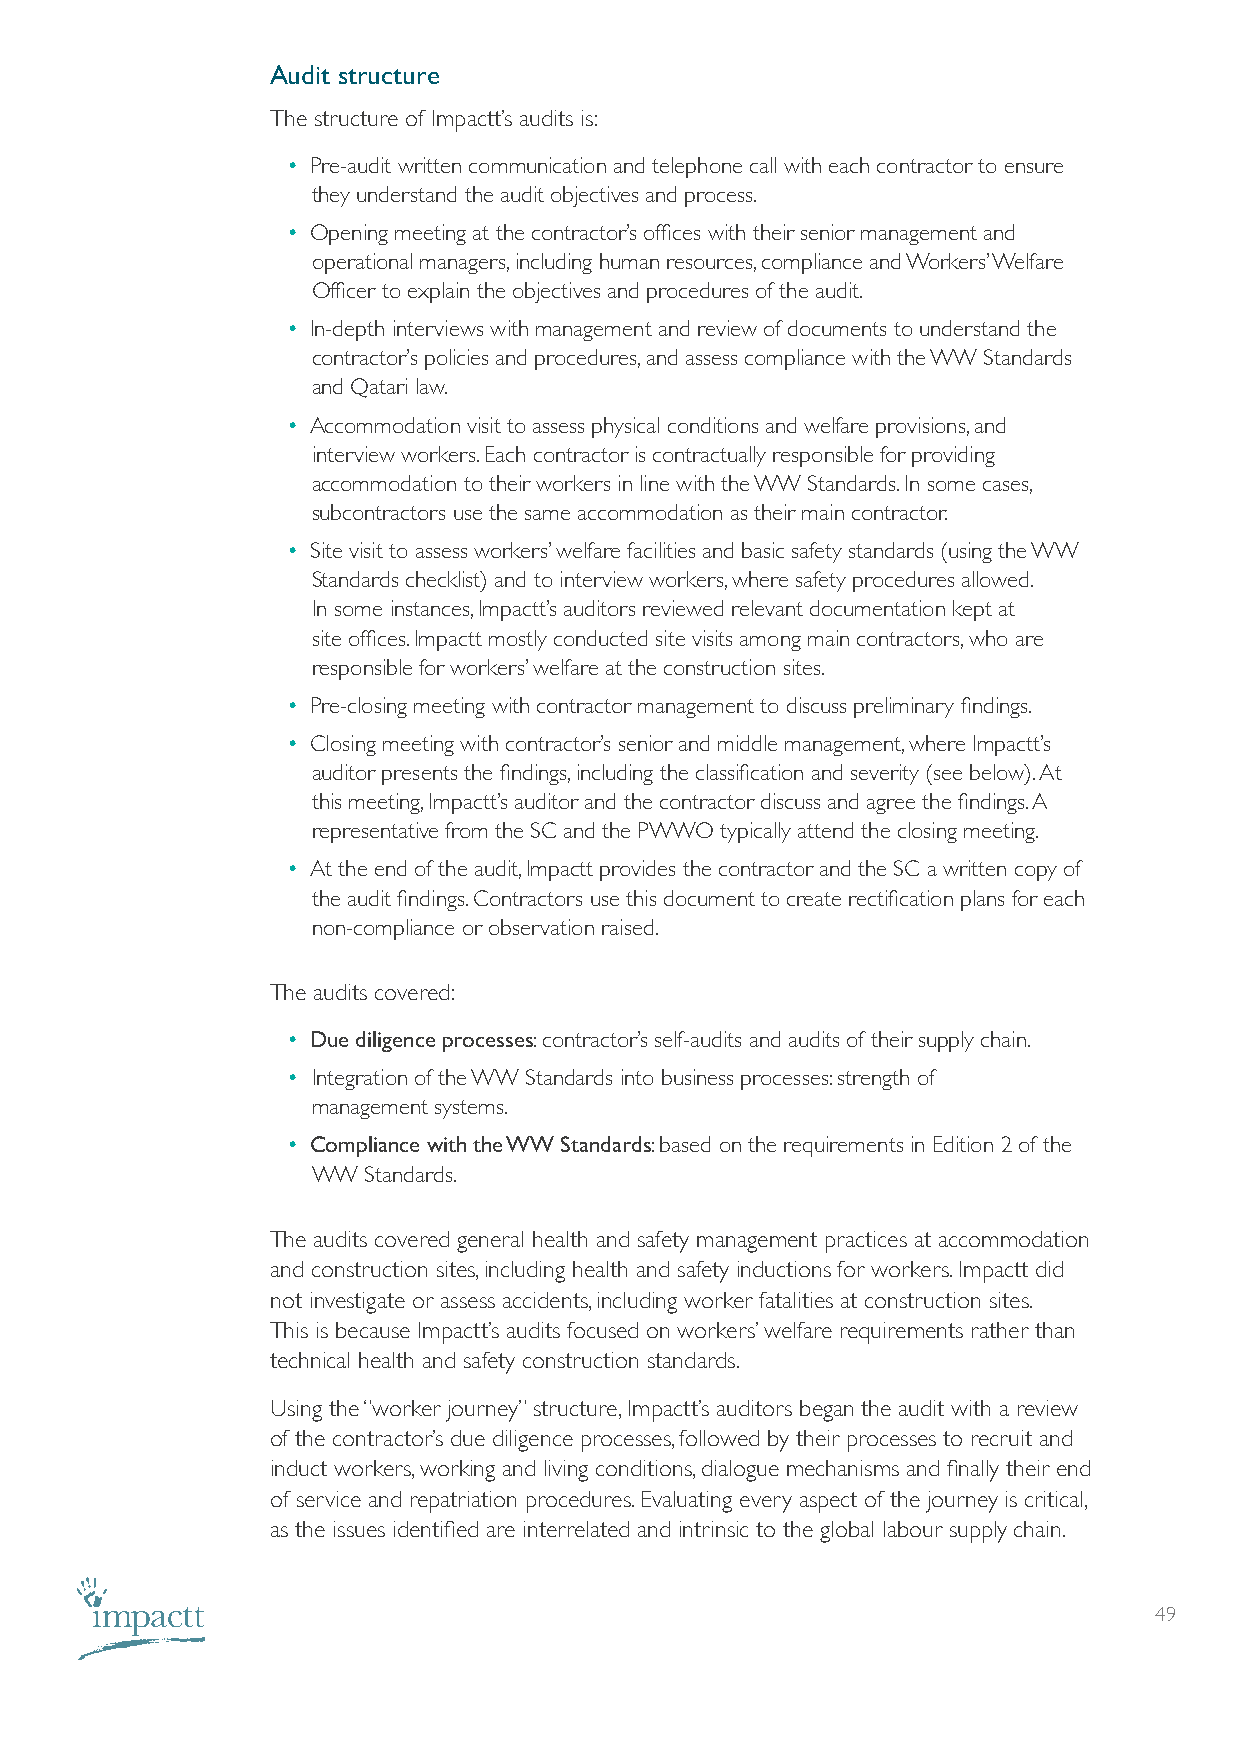
Audit structure
 The structure of Impactt’s audits is:
 • Pre-audit written communication and telephone call with each contractor to ensure
 they understand the audit objectives and process.
 • Opening meeting at the contractor’s offices with their senior management and
 operational managers, including human resources, compliance and Workers’ Welfare
 Officer to explain the objectives and procedures of the audit.
 • In-depth interviews with management and review of documents to understand the
 contractor’s policies and procedures, and assess compliance with the WW Standards
 and Qatari law.
 • Accommodation visit to assess physical conditions and welfare provisions, and
 interview workers. Each contractor is contractually responsible for providing
 accommodation to their workers in line with the WW Standards. In some cases,
 subcontractors use the same accommodation as their main contractor.
 • Site visit to assess workers’ welfare facilities and basic safety standards (using the WW
 Standards checklist) and to interview workers, where safety procedures allowed.
 In some instances, Impactt’s auditors reviewed relevant documentation kept at
 site offices. Impactt mostly conducted site visits among main contractors, who are
 responsible for workers’ welfare at the construction sites.
 • Pre-closing meeting with contractor management to discuss preliminary findings.
 • Closing meeting with contractor’s senior and middle management, where Impactt’s
 auditor presents the findings, including the classification and severity (see below). At
 this meeting, Impactt’s auditor and the contractor discuss and agree the findings. A
 representative from the SC and the PWWO typically attend the closing meeting.
 • At the end of the audit, Impactt provides the contractor and the SC a written copy of
 the audit findings. Contractors use this document to create rectification plans for each
 non-compliance or observation raised.
 The audits covered:
 • Due diligence processes: contractor’s self-audits and audits of their supply chain.
 • Integration of the WW Standards into business processes: strength of
 management systems.
 • Compliance with the WW Standards: based on the requirements in Edition 2 of the
 WW Standards.
 The audits covered general health and safety management practices at accommodation
 and construction sites, including health and safety inductions for workers. Impactt did
 not investigate or assess accidents, including worker fatalities at construction sites.
 This is because Impactt’s audits focused on workers’ welfare requirements rather than
 technical health and safety construction standards.
 Using the “worker journey” structure, Impactt’s auditors began the audit with a review
 of the contractor’s due diligence processes, followed by their processes to recruit and
 induct workers, working and living conditions, dialogue mechanisms and finally their end
 of service and repatriation procedures. Evaluating every aspect of the journey is critical,
 as the issues identified are interrelated and intrinsic to the global labour supply chain.
 49